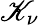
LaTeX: \mathscr{K}_{\nu}